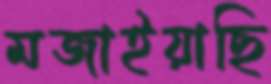
মজাইয়াছি